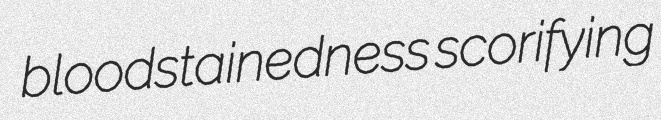
bloodstainedness scorifying